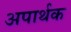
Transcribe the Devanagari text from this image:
अपार्थक